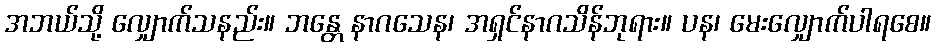
အဘယ်သို့ လျှောက်သနည်း။ ဘန္တေ နာဂသေန၊ အရှင်နာဂသိန်ဘုရား။ ပန၊ မေးလျှောက်ပါရစေ။